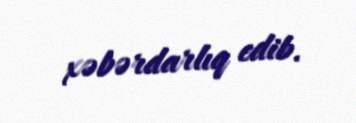
xəbərdarlıq edib.